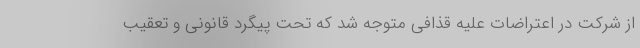
از شرکت در اعتراضات علیه قذافی متوجه شد که تحت پیگرد قانونی و تعقیب